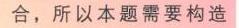
合，所以本题需要构造